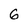
Character: 6